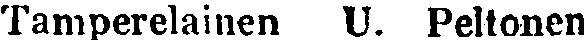
Tamperelainen U. Peltonen